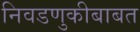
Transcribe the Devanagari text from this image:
निवडणुकीबाबत